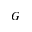
G